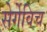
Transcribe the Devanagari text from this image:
सेर्गेविच